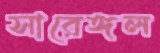
সারেঙ্গল